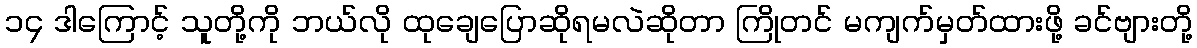
၁၄ ဒါကြောင့် သူတို့ကို ဘယ်လို ထုချေပြောဆိုရမလဲဆိုတာ ကြိုတင် မကျက်မှတ်ထားဖို့ ခင်ဗျားတို့